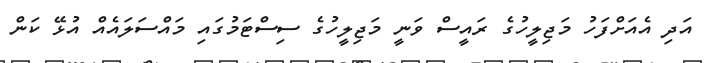
އަދި އެެއަށްފަހު މަޖިލީހުގެ ރައީސް ވަނީ މަޖިލީހުގެ ސިސްޓަމުގައި މައްސަލައެއް އުޅޭ ކަން